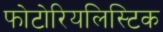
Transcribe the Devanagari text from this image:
फोटोरियलिस्टिक